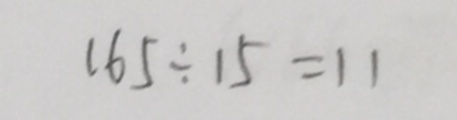
1 6 5 \div 1 5 = 1 1